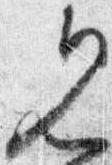
見